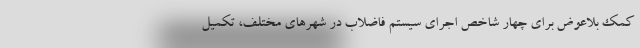
کمک بلاعوض برای چهار شاخص اجرای سیستم فاضلاب در شهرهای مختلف، تکمیل